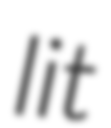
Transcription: lit